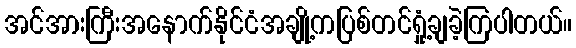
အင်အားကြီးအနောက်နိုင်ငံအချို့ကပြစ်တင်ရှုံ့ချခဲ့ကြပါတယ်။